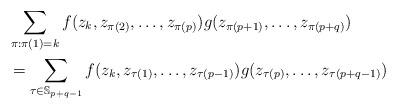
LaTeX: \begin{align*}&\sum_{\pi:\pi(1)=k} f(z_k,z_{\pi(2)},\dotsc,z_{\pi(p)})g(z_{\pi(p+1)},\dotsc,z_{\pi(p+q)})\\&=\sum_{\tau\in\mathbb{S}_{p+q-1}}f(z_k, z_{\tau(1)},\dotsc,z_{\tau(p-1)})g(z_{\tau(p)},\dotsc,z_{\tau(p+q-1)})\end{align*}